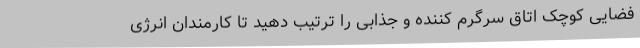
فضایی کوچک اتاق سرگرم کننده و جذابی را ترتیب دهید تا کارمندان انرژی